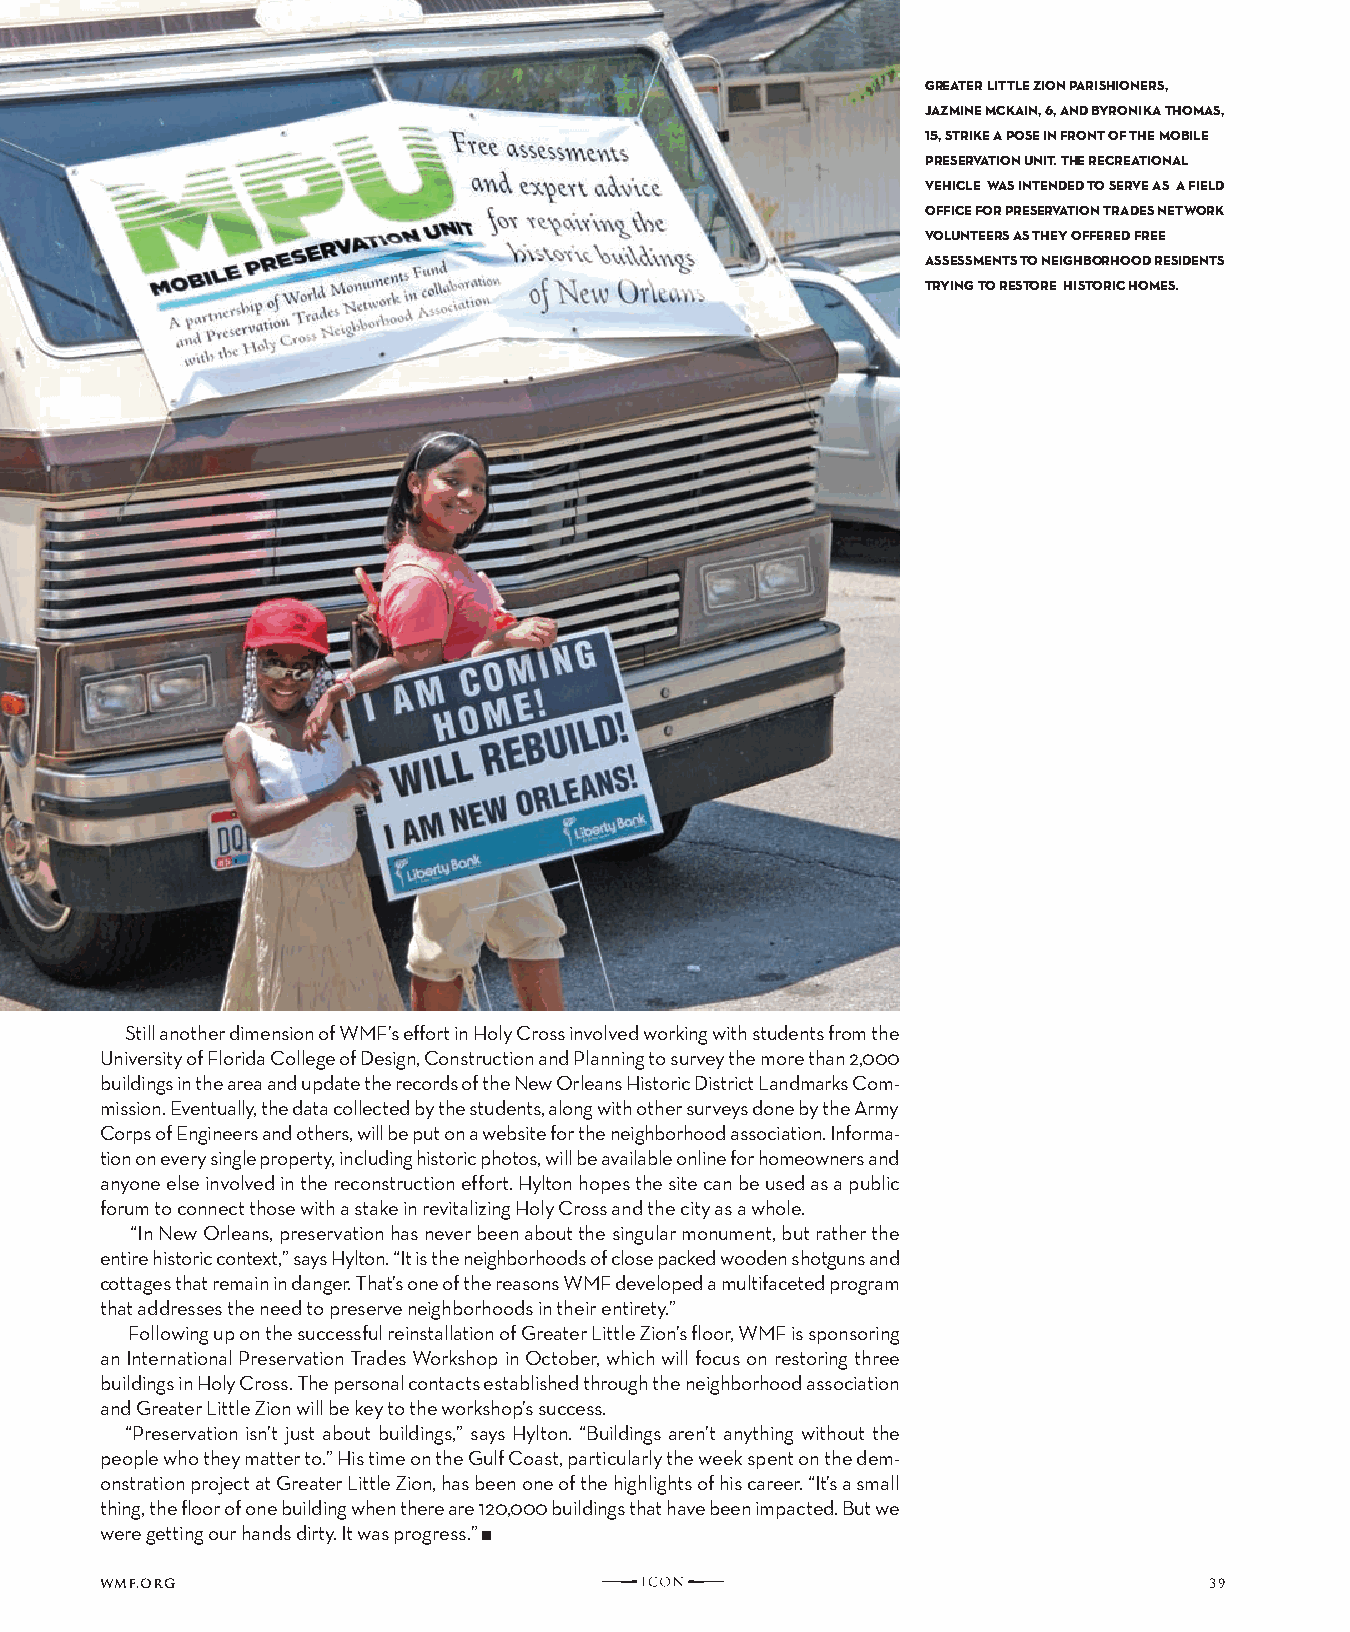
greater LittLe zion pariShionerS,
 jazMine Mckain, 6, and Byronika thoMaS,
 15, Strike a poSe in front of the MoBiLe
 preServation unit. the recreationaL
 vehicLe WaS intended to Serve aS a fieLd
 office for preServation tradeS netWork
 voLunteerS aS they offered free
 aSSeSSMentS to neighBorhood reSidentS
 trying to reStore hiStoric hoMeS.
 Still another dimension of WMF’s effort in Holy Cross involved working with students from the
 University of Florida College of Design, Construction and Planning to survey the more than 2,000
 buildings in the area and update the records of the New Orleans Historic District Landmarks Com-
 mission. Eventually, the data collected by the students, along with other surveys done by the Army
 Corps of Engineers and others, will be put on a website for the neighborhood association. Informa-
 tion on every single property, including historic photos, will be available online for homeowners and
 anyone else involved in the reconstruction effort. Hylton hopes the site can be used as a public
 forum to connect those with a stake in revitalizing Holy Cross and the city as a whole.
 “In New Orleans, preservation has never been about the singular monument, but rather the
 entire historic context,” says Hylton. “It is the neighborhoods of close packed wooden shotguns and
 cottages that remain in danger. That’s one of the reasons WMF developed a multifaceted program
 that addresses the need to preserve neighborhoods in their entirety.”
 Following up on the successful reinstallation of Greater Little Zion’s floor, WMF is sponsoring
 an International Preservation Trades Workshop in October, which will focus on restoring three
 buildings in Holy Cross. The personal contacts established through the neighborhood association
 and Greater Little Zion will be key to the workshop’s success.
 “Preservation isn’t just about buildings,” says Hylton. “Buildings aren’t anything without the
 people who they matter to.” His time on the Gulf Coast, particularly the week spent on the dem-
 onstration project at Greater Little Zion, has been one of the highlights of his career. “It’s a small
 thing, the floor of one building when there are 120,000 buildings that have been impacted. But we
 were getting our hands dirty. It was progress.” n
 wmf.org                                                                  39